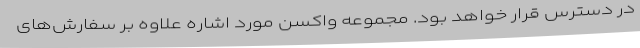
در دسترس قرار خواهد بود. مجموعه واکسن مورد اشاره علاوه بر سفارش‌های